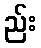
ည်း